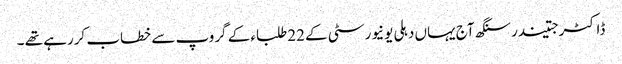
ڈاکٹرجتیندرسنگھ آج یہاں دہلی یونیورسٹی کے 22طلباء کے گروپ سے خطاب کررہے تھے ۔